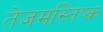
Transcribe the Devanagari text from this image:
तेजमस्तिष्क